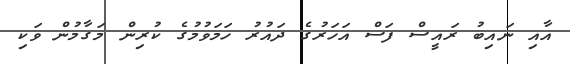
އާއި ނައިބު ރައީސް ފަސް އަހަރުގެ ދައުރު ހަމަވުމުގެ ކުރިން މަގާމުން ވަކި